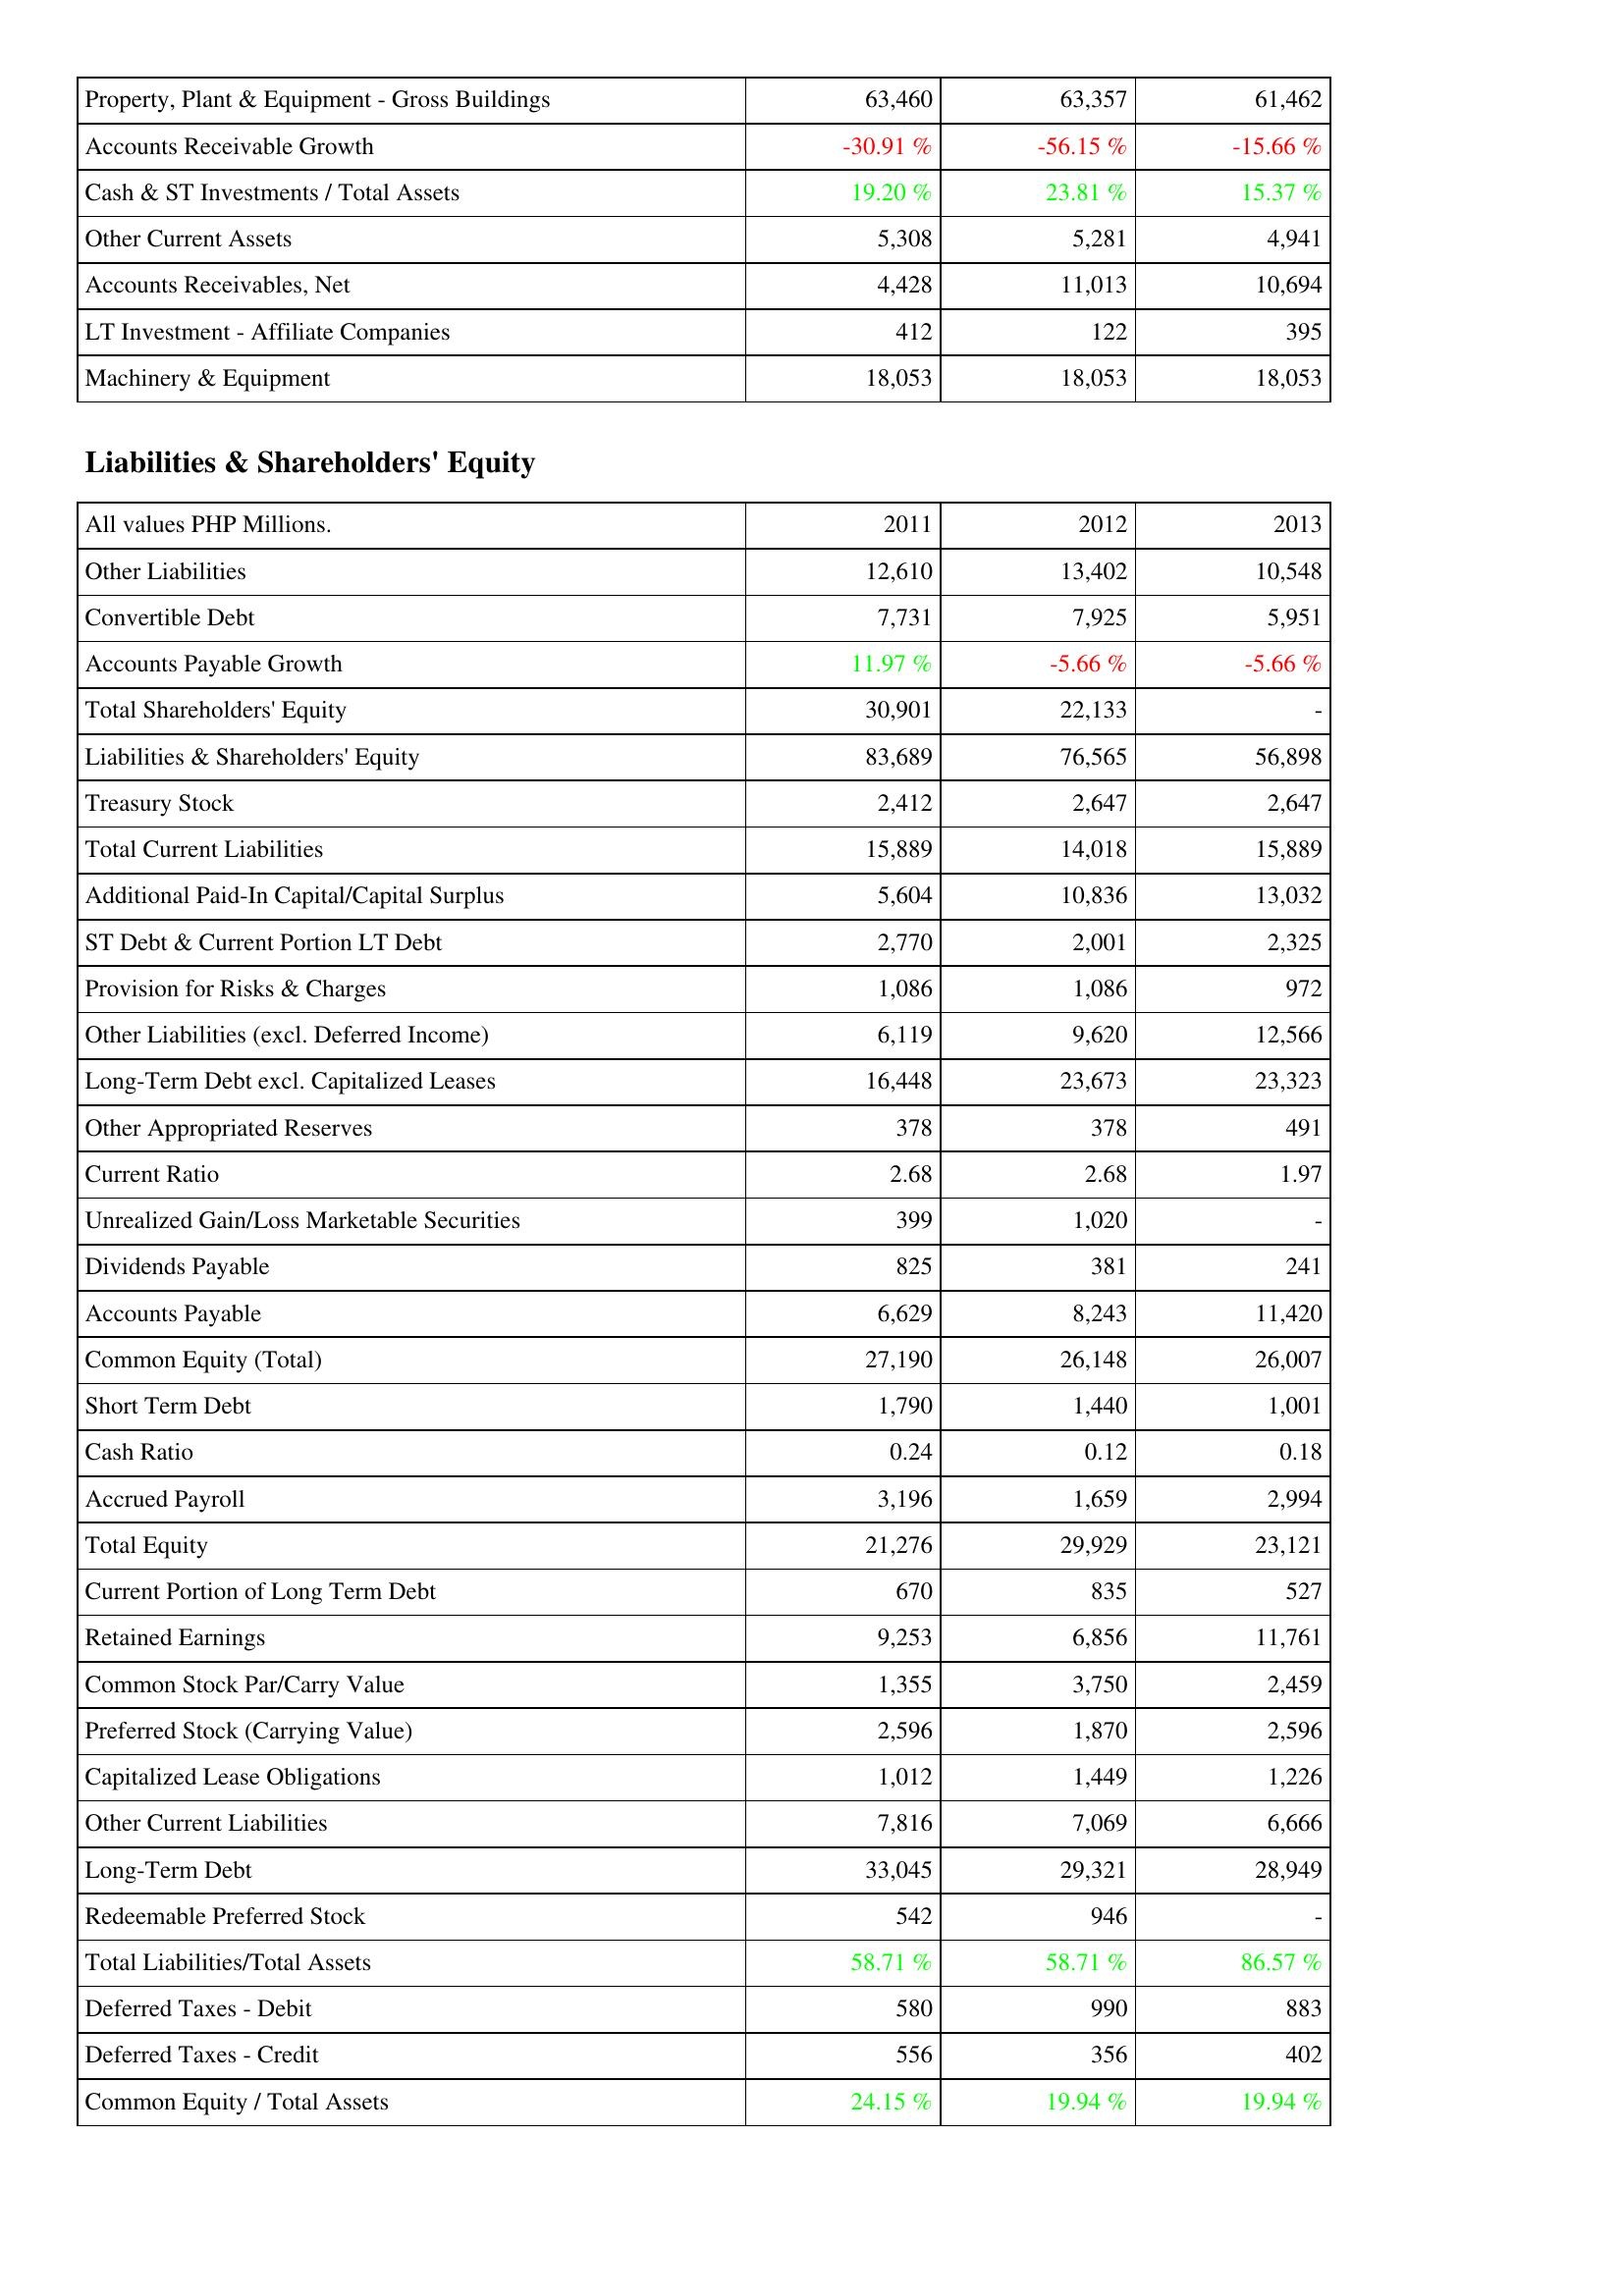
2011: Assets: Property, Plant & Equipment - Gross Buildings: 63,460
Accounts Receivable Growth: -30.91 %
Cash & ST Investments / Total Assets: 19.20 %
Other Current Assets: 5,308
Accounts Receivables, Net: 4,428
LT Investment - Affiliate Companies: 412
Machinery & Equipment: 18,053
Liabilities & Shareholders' Equity: Other Liabilities: 12,610
Convertible Debt: 7,731
Accounts Payable Growth: 11.97 %
Total Shareholders' Equity: 30,901
Liabilities & Shareholders' Equity: 83,689
Treasury Stock: 2,412
Total Current Liabilities: 15,889
Additional Paid-In Capital/Capital Surplus: 5,604
ST Debt & Current Portion LT Debt: 2,770
Provision for Risks & Charges: 1,086
Other Liabilities (excl. Deferred Income): 6,119
Long-Term Debt excl. Capitalized Leases: 16,448
Other Appropriated Reserves: 378
Current Ratio: 2.68
Unrealized Gain/Loss Marketable Securities: 399
Dividends Payable: 825
Accounts Payable: 6,629
Common Equity (Total): 27,190
Short Term Debt: 1,790
Cash Ratio: 0.24
Accrued Payroll: 3,196
Total Equity: 21,276
Current Portion of Long Term Debt: 670
Retained Earnings: 9,253
Common Stock Par/Carry Value: 1,355
Preferred Stock (Carrying Value): 2,596
Capitalized Lease Obligations: 1,012
Other Current Liabilities: 7,816
Long-Term Debt: 33,045
Redeemable Preferred Stock: 542
Total Liabilities/Total Assets: 58.71 %
Deferred Taxes - Debit: 580
Deferred Taxes - Credit: 556
Common Equity / Total Assets: 24.15 %
2012: Assets: Property, Plant & Equipment - Gross Buildings: 63,357
Accounts Receivable Growth: -56.15 %
Cash & ST Investments / Total Assets: 23.81 %
Other Current Assets: 5,281
Accounts Receivables, Net: 11,013
LT Investment - Affiliate Companies: 122
Machinery & Equipment: 18,053
Liabilities & Shareholders' Equity: Other Liabilities: 13,402
Convertible Debt: 7,925
Accounts Payable Growth: -5.66 %
Total Shareholders' Equity: 22,133
Liabilities & Shareholders' Equity: 76,565
Treasury Stock: 2,647
Total Current Liabilities: 14,018
Additional Paid-In Capital/Capital Surplus: 10,836
ST Debt & Current Portion LT Debt: 2,001
Provision for Risks & Charges: 1,086
Other Liabilities (excl. Deferred Income): 9,620
Long-Term Debt excl. Capitalized Leases: 23,673
Other Appropriated Reserves: 378
Current Ratio: 2.68
Unrealized Gain/Loss Marketable Securities: 1,020
Dividends Payable: 381
Accounts Payable: 8,243
Common Equity (Total): 26,148
Short Term Debt: 1,440
Cash Ratio: 0.12
Accrued Payroll: 1,659
Total Equity: 29,929
Current Portion of Long Term Debt: 835
Retained Earnings: 6,856
Common Stock Par/Carry Value: 3,750
Preferred Stock (Carrying Value): 1,870
Capitalized Lease Obligations: 1,449
Other Current Liabilities: 7,069
Long-Term Debt: 29,321
Redeemable Preferred Stock: 946
Total Liabilities/Total Assets: 58.71 %
Deferred Taxes - Debit: 990
Deferred Taxes - Credit: 356
Common Equity / Total Assets: 19.94 %
2013: Assets: Property, Plant & Equipment - Gross Buildings: 61,462
Accounts Receivable Growth: -15.66 %
Cash & ST Investments / Total Assets: 15.37 %
Other Current Assets: 4,941
Accounts Receivables, Net: 10,694
LT Investment - Affiliate Companies: 395
Machinery & Equipment: 18,053
Liabilities & Shareholders' Equity: Other Liabilities: 10,548
Convertible Debt: 5,951
Accounts Payable Growth: -5.66 %
Total Shareholders' Equity: -
Liabilities & Shareholders' Equity: 56,898
Treasury Stock: 2,647
Total Current Liabilities: 15,889
Additional Paid-In Capital/Capital Surplus: 13,032
ST Debt & Current Portion LT Debt: 2,325
Provision for Risks & Charges: 972
Other Liabilities (excl. Deferred Income): 12,566
Long-Term Debt excl. Capitalized Leases: 23,323
Other Appropriated Reserves: 491
Current Ratio: 1.97
Unrealized Gain/Loss Marketable Securities: -
Dividends Payable: 241
Accounts Payable: 11,420
Common Equity (Total): 26,007
Short Term Debt: 1,001
Cash Ratio: 0.18
Accrued Payroll: 2,994
Total Equity: 23,121
Current Portion of Long Term Debt: 527
Retained Earnings: 11,761
Common Stock Par/Carry Value: 2,459
Preferred Stock (Carrying Value): 2,596
Capitalized Lease Obligations: 1,226
Other Current Liabilities: 6,666
Long-Term Debt: 28,949
Redeemable Preferred Stock: -
Total Liabilities/Total Assets: 86.57 %
Deferred Taxes - Debit: 883
Deferred Taxes - Credit: 402
Common Equity / Total Assets: 19.94 %